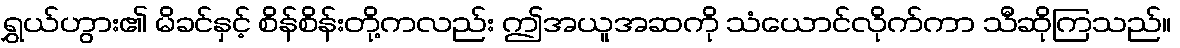
ရွှယ်ဟွား၏ မိခင်နှင့် စိန်စိန်းတို့ကလည်း ဤအယူအဆကို သံယောင်လိုက်ကာ သီဆိုကြသည်။